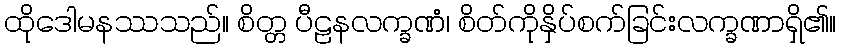
ထိုဒေါမနဿသည်။ စိတ္တ ပီဠနလက္ခဏံ၊ စိတ်ကိုနှိပ်စက်ခြင်းလက္ခဏာရှိ၏။